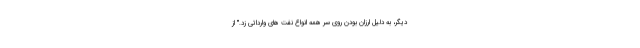
دیگر، به دلیل ارزان بودن روی سر همه انواع نفت های وارداتی زد." از